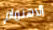
الاهتمام